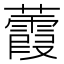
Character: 𧄁